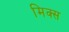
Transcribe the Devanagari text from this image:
मिक्‍स